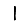
Digit: 1